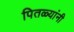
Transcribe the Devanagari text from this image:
पितळ्यांनी